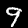
Digit: 9